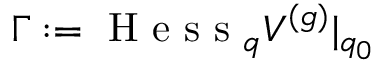
\Gamma : = \mathrm { ~ H ~ e ~ s ~ s ~ } _ { q } V ^ { ( g ) } | _ { q _ { 0 } }